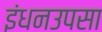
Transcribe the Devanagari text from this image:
इंधनउपसा